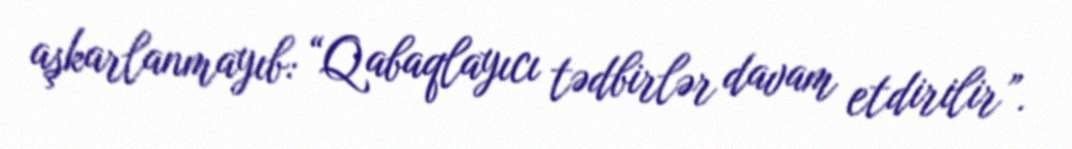
aşkarlanmayıb: “Qabaqlayıcı tədbirlər davam etdirilir”.